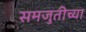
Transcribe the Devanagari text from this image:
समजुतीच्या